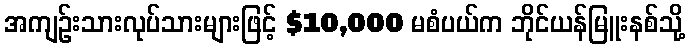
အကျဉ်းသားလုပ်သားများဖြင့် $10,000 မစံပယ်က ဘိုင်ယန်မြူးနစ်သို့